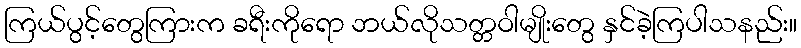
ကြယ်ပွင့်တွေကြားက ခရီးကိုရော ဘယ်လိုသတ္တဝါမျိုးတွေ နှင်ခဲ့ကြပါသနည်း။